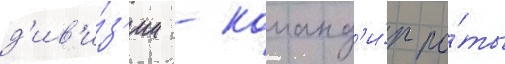
д'ив'и́з'ии - команд'и́р ро́ты